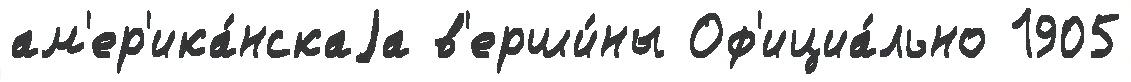
ам'ер'ика́нскаjа в'ерши́ны Оф'ициа́льно 1905